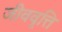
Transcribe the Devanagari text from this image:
जीववृत्ति